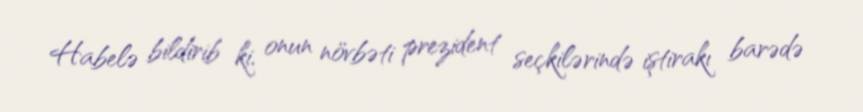
Habelə bildirib ki, onun növbəti prezident seçkilərində iştirakı barədə